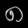
Digit: ၈